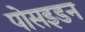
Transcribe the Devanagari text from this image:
पोसइडन